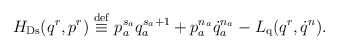
\begin{align*}H_{\rm Ds}(q^r,p^r) \stackrel{\rm def}{\equiv} p_a^{s_a}q_a^{s_a+1} +p_a^{n_a}\dot{q}_a^{n_a} - L_{\rm q}(q^r,\dot{q}^n).\end{align*}